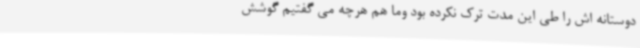
دوستانه اش را طی این مدت ترک نکرده بود وما هم هرچه می گفتیم گوشش